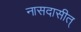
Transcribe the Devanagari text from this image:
नासदासीत्